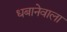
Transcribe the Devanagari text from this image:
धबानेवाला